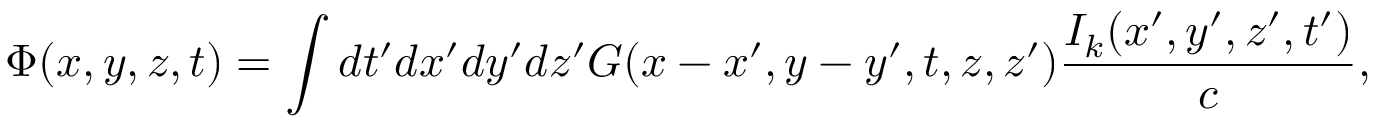
\Phi ( x , y , z , t ) = \int d t { ' } d x { ' } d y { ' } d z { ' } G ( x - x ^ { \prime } , y - y ^ { \prime } , t , z , z { ' } ) \frac { { I _ { k } ( x { ' } , y { ' } , z { ' } , t { ' } ) } } { c } ,